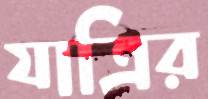
যাত্রির